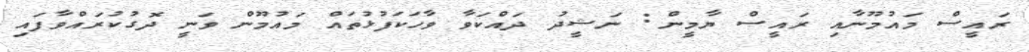
ރައީސް މައުމޫނާއި ރައީސް ޔާމީން: ނަޝީދު ދައްކަވާ ވާހަކަފުޅުތައް މައުމޫން ވަނީ ދޮގުކުރައްވާފައި